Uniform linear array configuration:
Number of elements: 16
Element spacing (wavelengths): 0.5
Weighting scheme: binomial
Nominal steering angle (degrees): -60
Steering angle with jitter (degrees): -61.357
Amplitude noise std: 0.05
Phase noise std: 0.05

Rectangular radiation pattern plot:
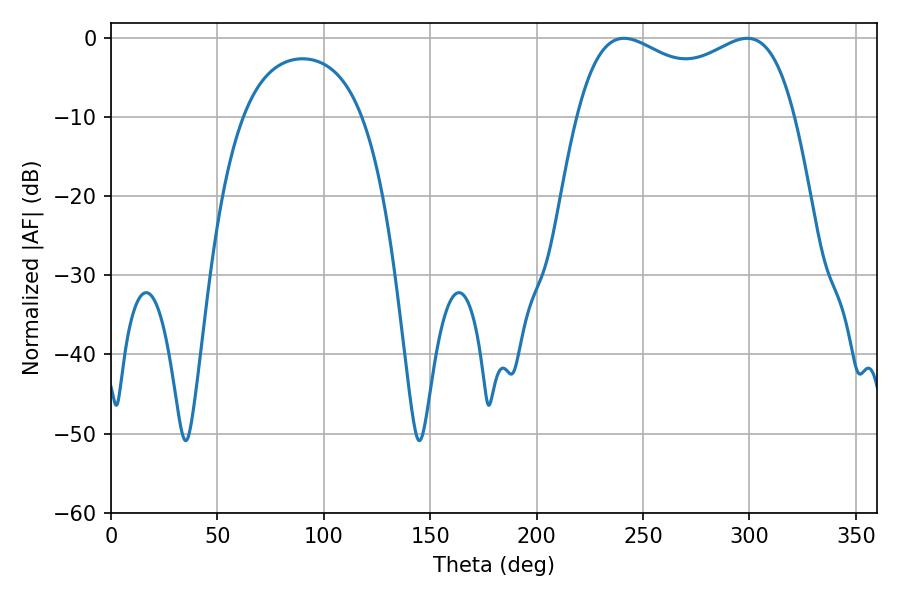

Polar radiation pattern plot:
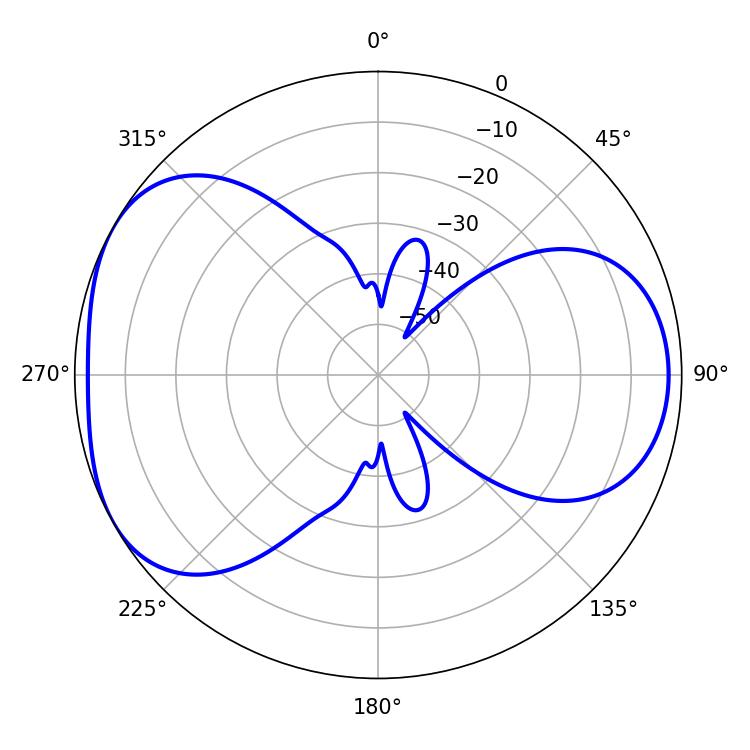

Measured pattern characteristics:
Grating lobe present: FALSE
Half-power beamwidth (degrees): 84.6
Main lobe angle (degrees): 298.98